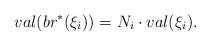
LaTeX: \begin{align*} val(br^*(\xi_i)) = N_i\cdot val(\xi_i). \end{align*}